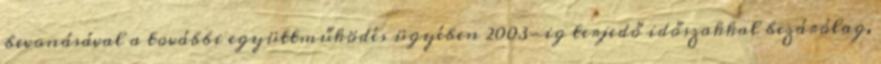
bevonásával a további együttműködés ügyében 2003-ig terjedő időszakkal bezárólag,